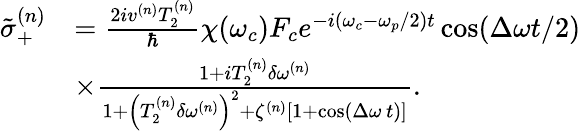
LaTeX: \begin{array}{rl}{\tilde{\sigma}_{+}^{(n)}}&{=\frac{2iv^{(n)}T_{2}^{(n)}}{\hbar}\chi(\omega_{c})F_{c}e^{-i(\omega_{c}-\omega_{p}/2)t}\cos(\Delta\omega t/2)}\\ &{\times\frac{1+iT_{2}^{(n)}\delta\omega^{(n)}}{1+\left(T_{2}^{(n)}\delta\omega^{(n)}\right)^{2}+\zeta^{(n)}\left[1+\cos\left(\Delta\omega\, t\right)\right]}.}\end{array}